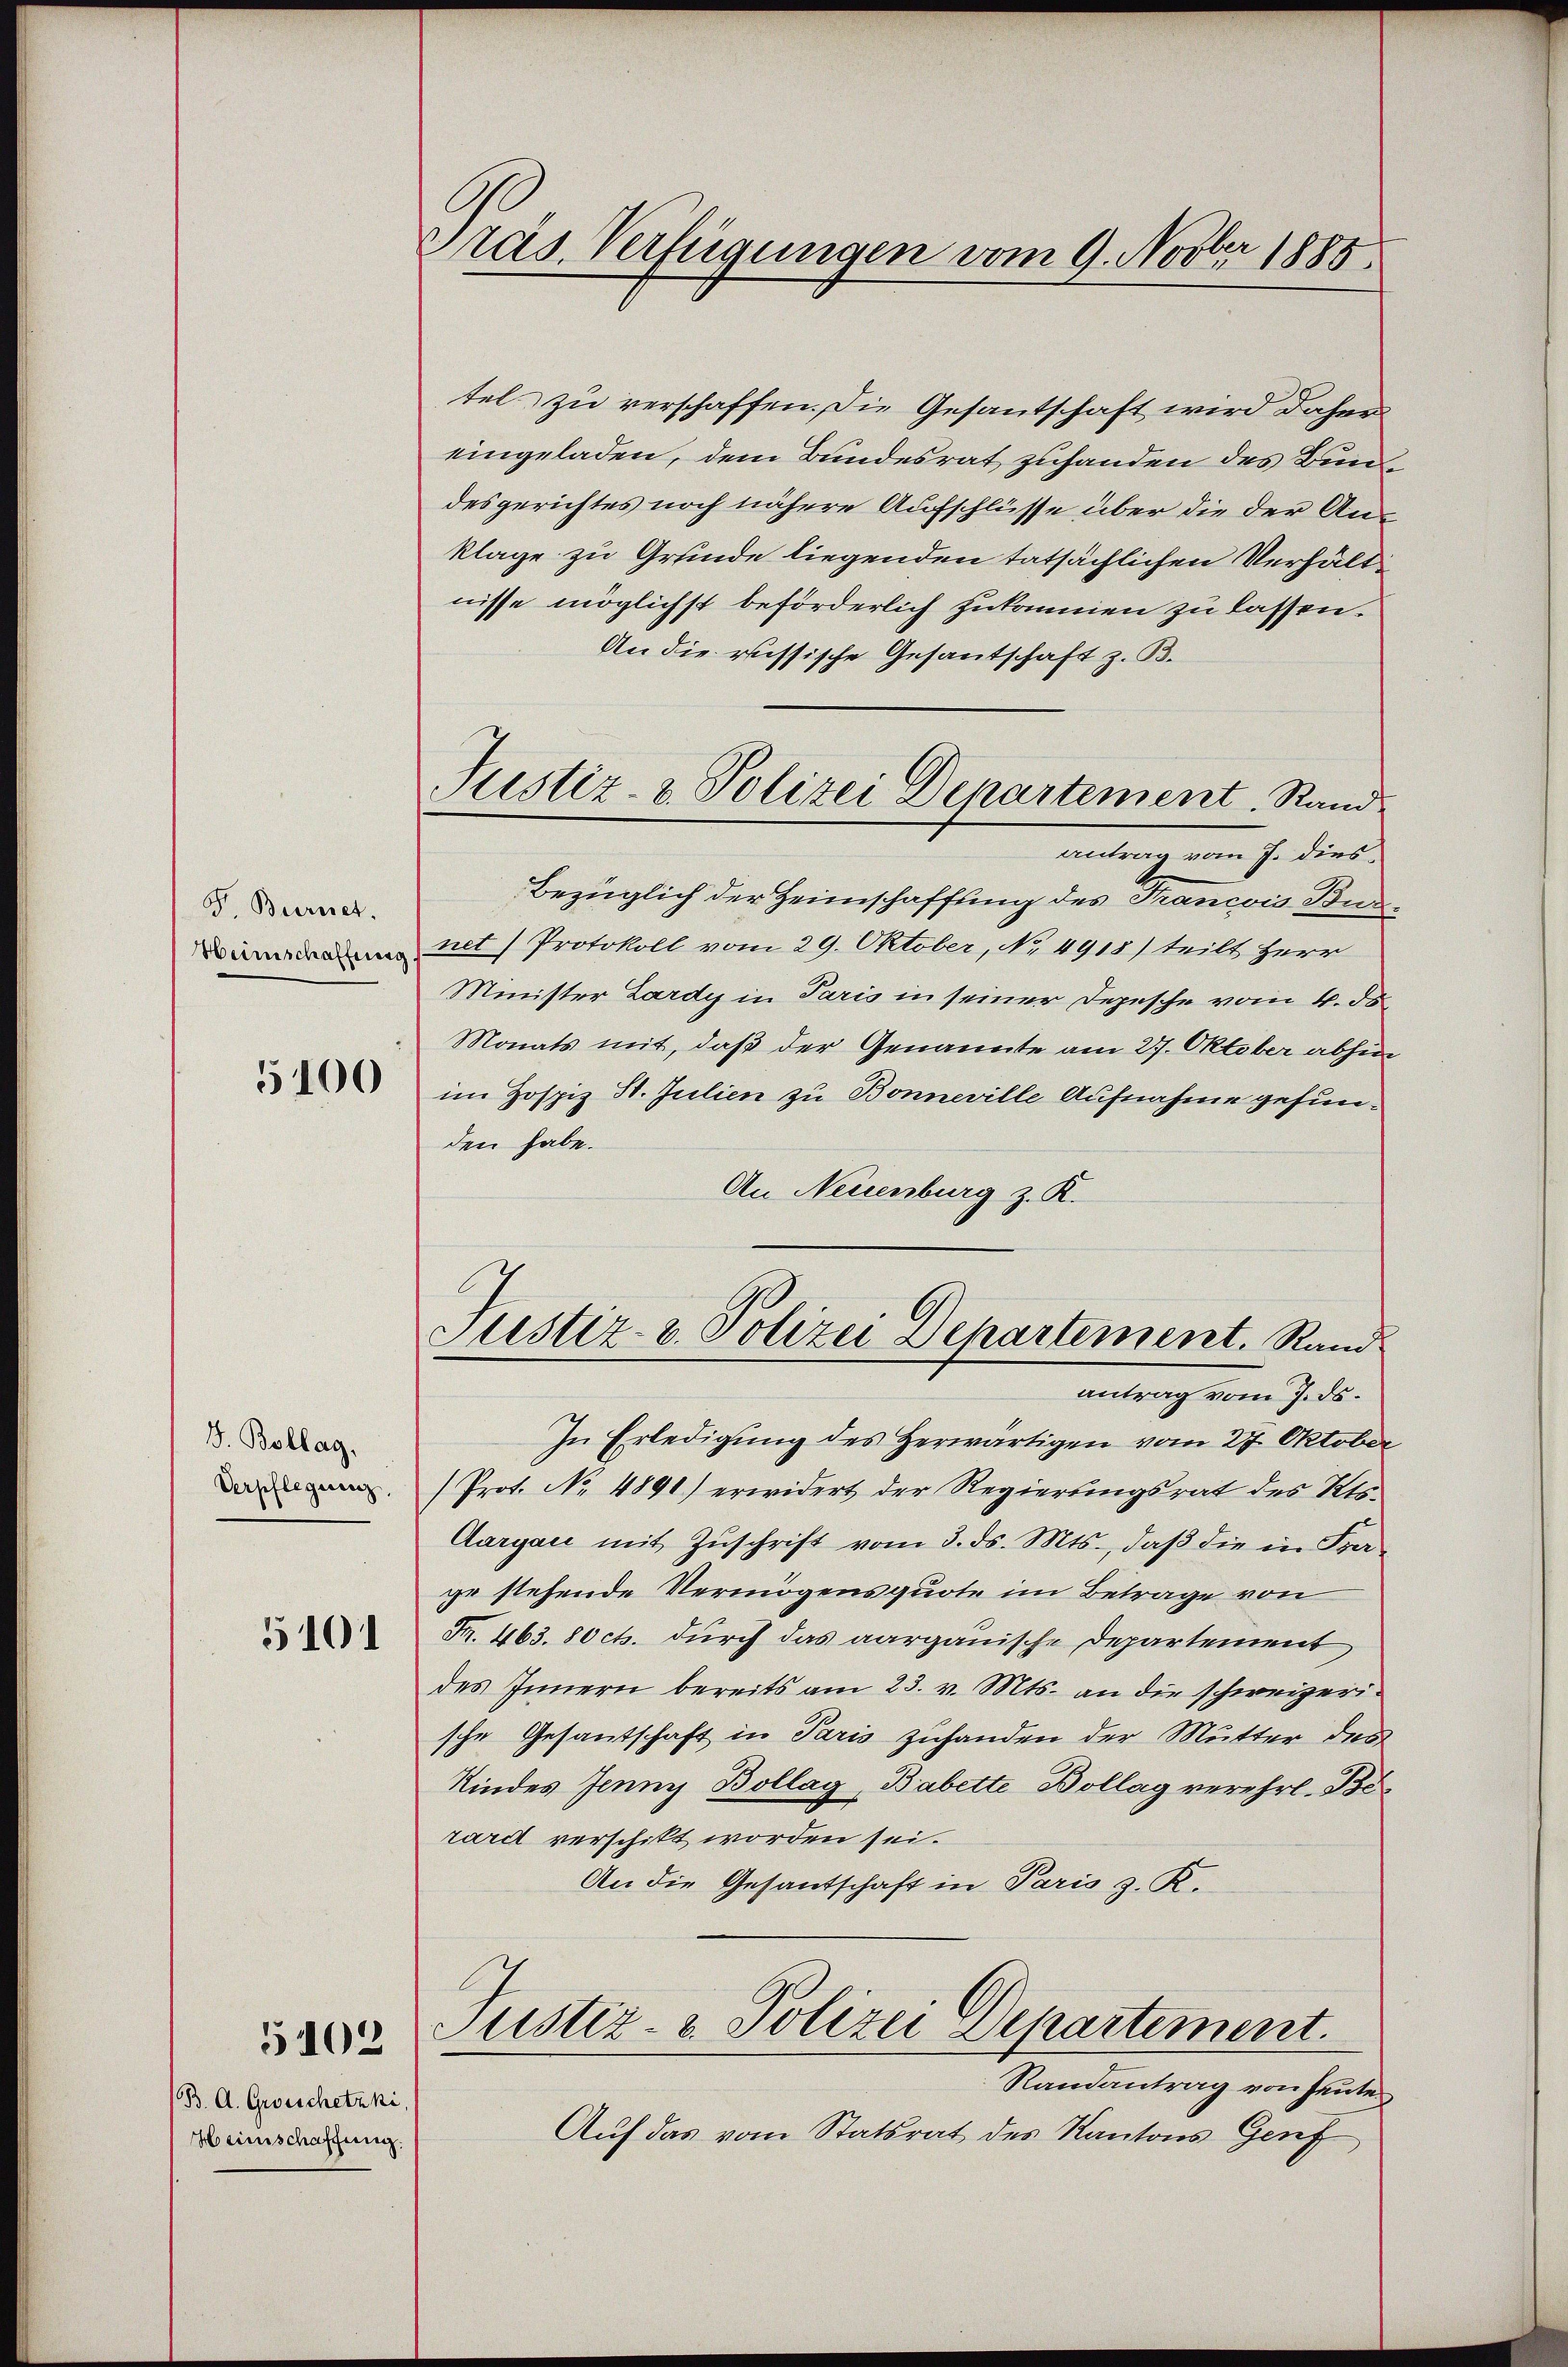
F. Bernet.
Heimschaffung.

5100

V. Bollag.
Verpflegung,

5101

B. A. Grosschetzki,
Heinschaffung.

5102

Präs. Verfügungen vom 9. Novber 1885.

tel zu verschaffen. Die Gesantschaft wird daher
eingeladen, dem Bundesrat zuhanden des Bundesgerichtes noch nähere Aufschlüsse über die der Anklage zu Grunde liegenden tatsächlichen Verhält
nisse möglichst beförderlich zukommen zu lassen.
An die russische Gesantschaft z. B.
antrag vom 7. dies
Bezüglich der Zeimschaffung des Francois Burnet) Protokoll vom 29. Oktober, No. 4918) teilt Herr
Minister Lardy in Paris in seiner Depesche vom 4. ds.
Monats mit, daß der Genannte am 27. Oktober abhin
im Hospiz St. Julien zu Bonneville Aufnahme gefunden habe.
An Neuenburg z. K.

Justiz- & Polizei Departement, Stand

Justiz- & Polizei Departement. Rand
antrag vom 7. ds.

In Erledigung des Herwärtigen vom 27. Oktober
(Prot. No. 4890) erwidert der Regierungsrat des Kts.
Aargau mit Zŭschrift vom 3. ds. Mts., daβ die in Fra-
ge stehende Vermögensquote im Betrage von
F. 463. 80 cts. durch das aargauische Departement
des Innern bereits am 23. v. Mts. an die schweizerische Gesantschaft in Paris zuhanden der Mutter des
Kindes Jenny Bollag, Babette Bollag verehrl. Betard verschikt worden sei.
An die Gesantschaft in Paris z. R.
Justiz- & Polizei Departement.
Randantrag von heute
Auf das vom Statsrat des Kantons Genf